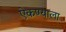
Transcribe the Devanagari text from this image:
ऐकण्याला